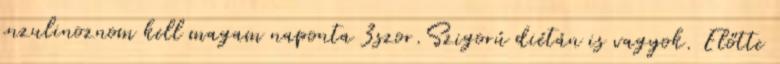
inzulinoznom kell magam naponta 3szor.Szigorú diétán is vagyok. Előtte